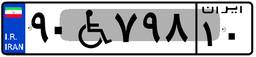
۹۰W۷۹۸۱۰